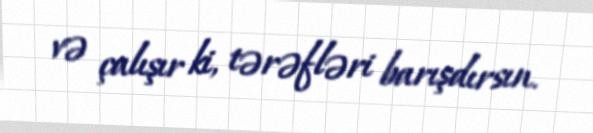
və çalışır ki, tərəfləri barışdırsın.